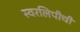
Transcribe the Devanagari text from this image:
स्वरलिपीची